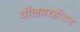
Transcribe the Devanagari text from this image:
वॉलवरहॅप्टन